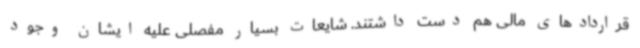
قراردادهای مالی هم دست داشتند. شایعات بسیار مفصلی علیه ایشان وجود